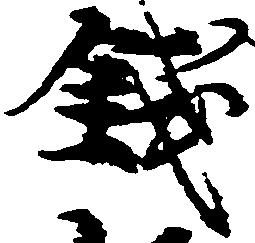
銭